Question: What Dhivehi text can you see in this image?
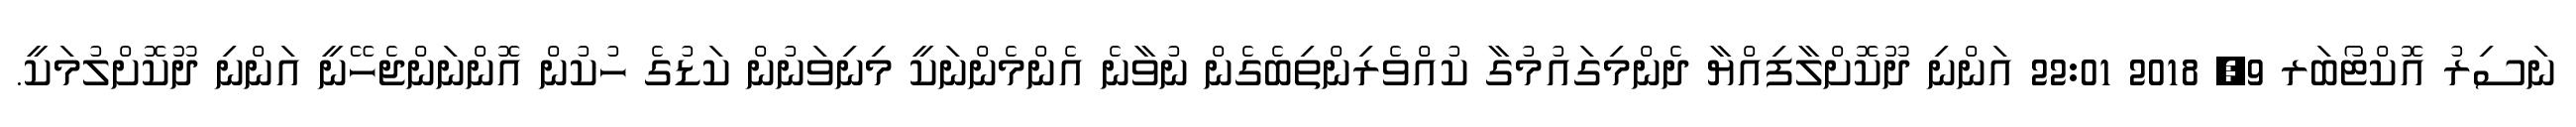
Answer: ނަސިރު އޮކްޓޯބަރ 9, 2018 22:01 އަންނި ދޫކޮށްލާފިއްޔާ ދެންމިގައުމުގާ ކުއްވެރިންތިބެގެން ނުވާނެ އެންމެންނަކީ މިނިވަނުން ކަޑުގެ ހުކުން އޮންނަންޖެހޭނީ އަންނި ދޫކޮށްލުމަކީ.